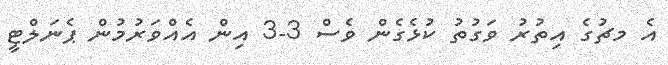
އެ މޗުގެ އިތުރު ވަގުތު ކުޅެގެން ވެސް 3-3 އިން އެއްވަރުމުން ޕެނަލްޓީ